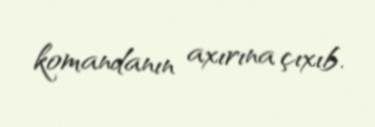
komandanın axırına çıxıb.